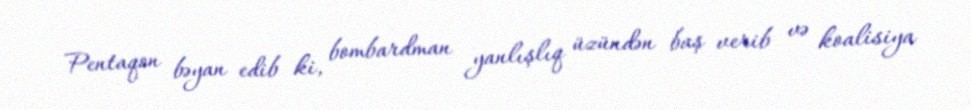
Pentaqon bəyan edib ki, bombardman yanlışlıq üzündən baş verib və koalisiya